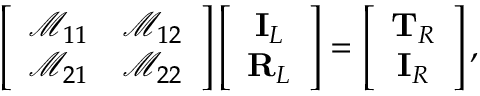
\left[ \begin{array} { c c } { \mathcal { M } _ { 1 1 } } & { \mathcal { M } _ { 1 2 } } \\ { \mathcal { M } _ { 2 1 } } & { \mathcal { M } _ { 2 2 } } \end{array} \right] \left[ \begin{array} { c } { \mathbf { I } _ { L } } \\ { \mathbf { R } _ { L } } \end{array} \right] = \left[ \begin{array} { c } { \mathbf { T } _ { R } } \\ { \mathbf { I } _ { R } } \end{array} \right] ,